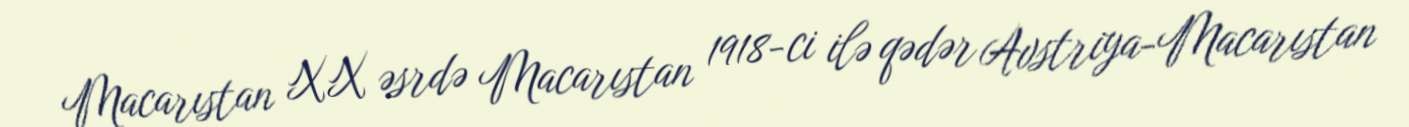
Macarıstan XX əsrdə Macarıstan 1918-ci ilə qədər Avstriya-Macarıstan